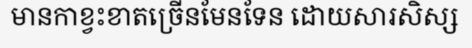
មានកាខ្វះខាតច្រើនមែនទែន ដោយសារសិស្ស